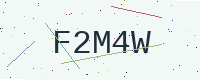
Text: F2M4W